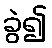
ခွဲ၍